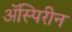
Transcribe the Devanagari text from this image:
ॲस्पिरीन